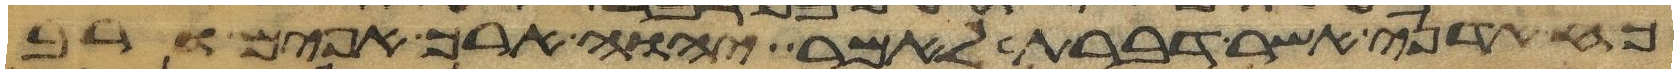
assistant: כח אדני כאשר דברת לאמר יהוה ארך אפים ורב